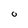
Character: 0